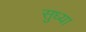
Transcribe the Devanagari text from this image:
सुध्या